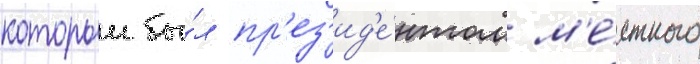
которыи бы́л пр'ез'ид'е́нтом м'е́стного